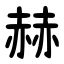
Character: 赫